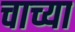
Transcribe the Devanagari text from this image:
चाच्या